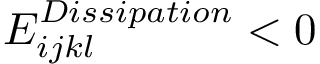
E _ { i j k l } ^ { D i s s i p a t i o n } < 0